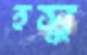
হসু